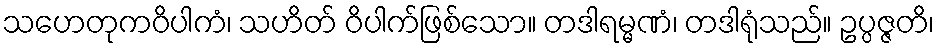
သဟေတုကဝိပါကံ၊ သဟိတ် ဝိပါက်ဖြစ်သော။ တဒါရမ္မဏံ၊ တဒါရုံသည်။ ဥပ္ပဇ္ဇတိ၊